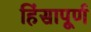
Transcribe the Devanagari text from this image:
हिंसापूर्ण